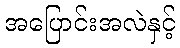
အပြောင်းအလဲနှင့်